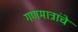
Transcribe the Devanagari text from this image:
गणमात्रांचे